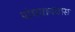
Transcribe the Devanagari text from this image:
पोचवावयास